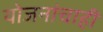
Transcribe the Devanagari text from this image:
योजनांचाही